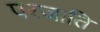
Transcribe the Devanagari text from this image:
परजाति